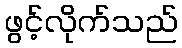
ဖွင့်လိုက်သည်